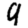
Digit: 9